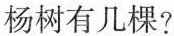
杨树有几棵?